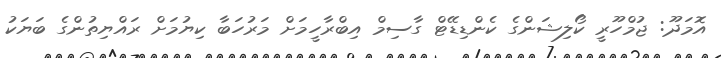
އޮމަދޫ: ޖުމްހޫރީ ކޯލިޝަންގެ ކެންޑިޑޭޓް ގާސިމް އިބްރާހީމަށް މަރުހަބާ ކިޔުމަށް ރައްޔިތުންގެ ބަޔަކު